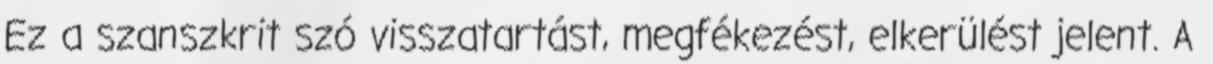
Ez a szanszkrit szó visszatartást, megfékezést, elkerülést jelent. A